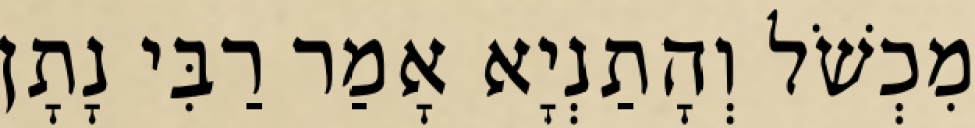
מִכְשֹׁל וְהָתַנְיָא אָמַר רַבִּי נָתָן